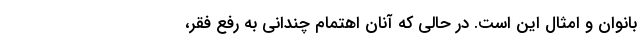
بانوان و امثال این است. در حالی که آنان اهتمام چندانی به رفع فقر،